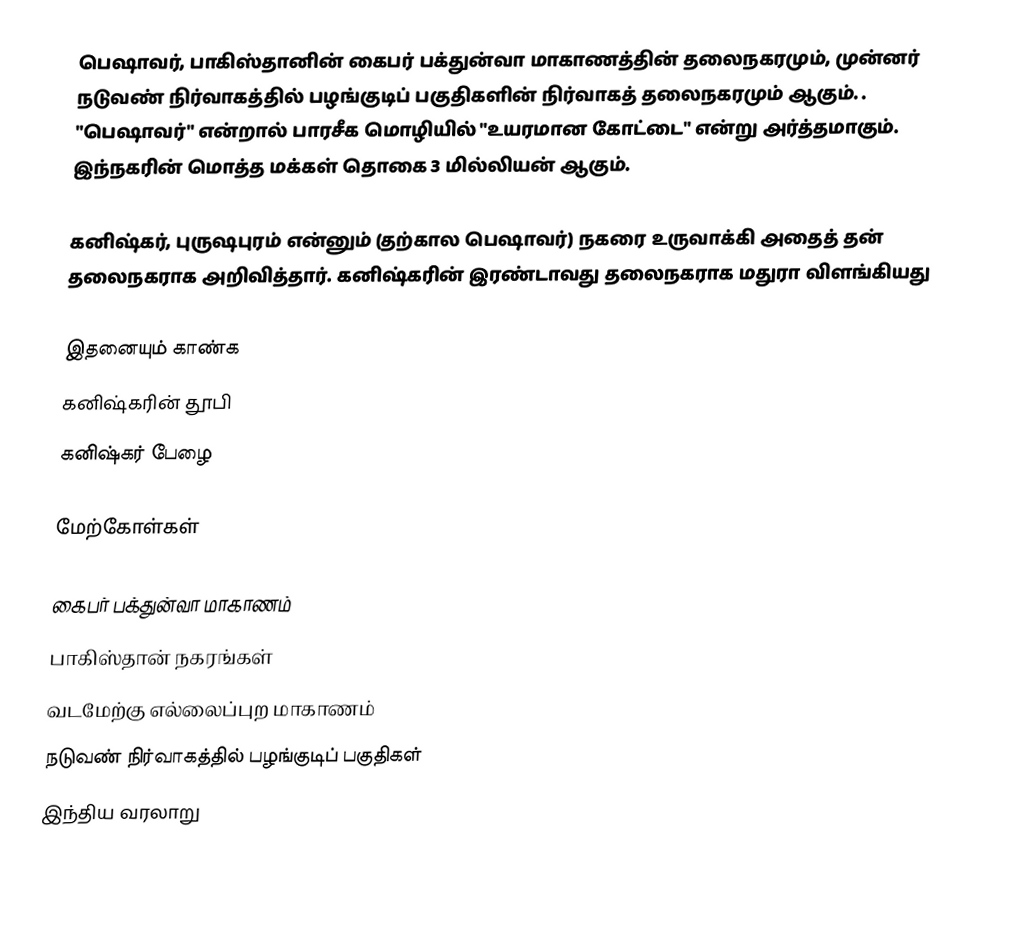
பெஷாவர், பாகிஸ்தானின் கைபர் பக்துன்வா மாகாணத்தின் தலைநகரமும், முன்னர் நடுவண் நிர்வாகத்தில் பழங்குடிப் பகுதிகளின் நிர்வாகத் தலைநகரமும் ஆகும். . "பெஷாவர்" என்றால் பாரசீக மொழியில் "உயரமான கோட்டை" என்று அர்த்தமாகும். இந்நகரின் மொத்த மக்கள் தொகை 3 மில்லியன் ஆகும்.

கனிஷ்கர், புருஷபுரம் என்னும் (தற்கால பெஷாவர்) நகரை உருவாக்கி அதைத் தன் தலைநகராக அறிவித்தார். கனிஷ்கரின் இரண்டாவது தலைநகராக மதுரா விளங்கியது

இதனையும் காண்க
 கனிஷ்கரின் தூபி
 கனிஷ்கர் பேழை

மேற்கோள்கள்

கைபர் பக்துன்வா மாகாணம்
பாகிஸ்தான் நகரங்கள்
வடமேற்கு எல்லைப்புற மாகாணம்
நடுவண் நிர்வாகத்தில் பழங்குடிப் பகுதிகள்
இந்திய வரலாறு